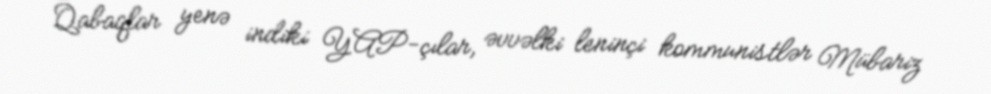
Qabaqlar yenə indiki YAP-çılar, əvvəlki leninçi kommunistlər Mübariz